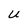
Character: U